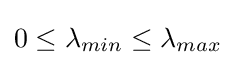
0\leq \lambda _{min}\leq \lambda _{max}